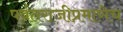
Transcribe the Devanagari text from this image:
पर्वतराजीप्रमाणेच